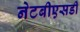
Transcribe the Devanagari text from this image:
नेटबीएसडी